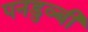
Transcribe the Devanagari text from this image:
पनडुव्बी